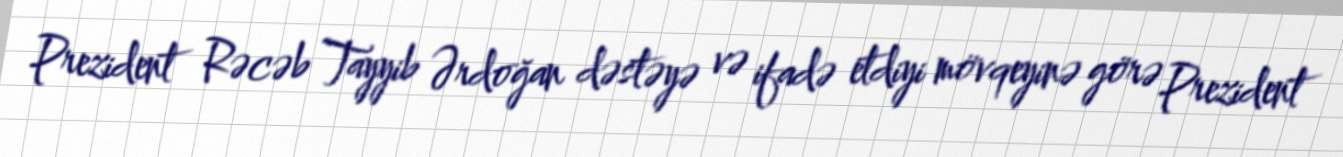
Prezident Rəcəb Tayyib Ərdoğan dəstəyə və ifadə etdiyi mövqeyinə görə Prezident